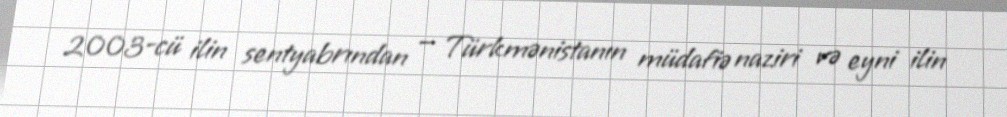
2003-cü ilin sentyabrından — Türkmənistanın müdafiə naziri və eyni ilin